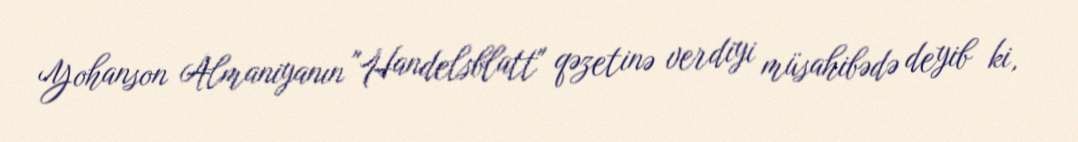
Yohanson Almaniyanın "Handelsblatt" qəzetinə verdiyi müsahibədə deyib ki,